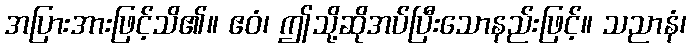
အပြားအားဖြင့်သိ၏။ ဧဝံ၊ ဤသို့ဆိုအပ်ပြီးသောနည်းဖြင့်။ သညာနံ၊